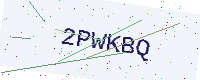
Text: 2PWKBQ